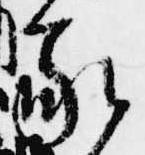
蒙